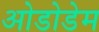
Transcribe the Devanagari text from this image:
ओडोडेम